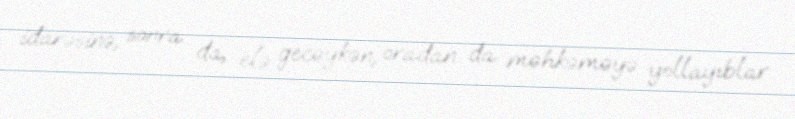
idarəsinə, sonra da, elə gecəykən, oradan da məhkəməyə yollayıblar.